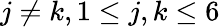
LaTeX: j\neq k,1\leq j,k\leq 6